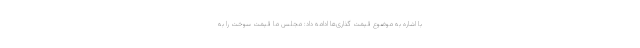
با اشاره به موضوع قیمت گذاری‌ها ادامه داد: مجلس ما قیمت سوخت را به